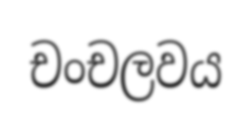
චංචලවය